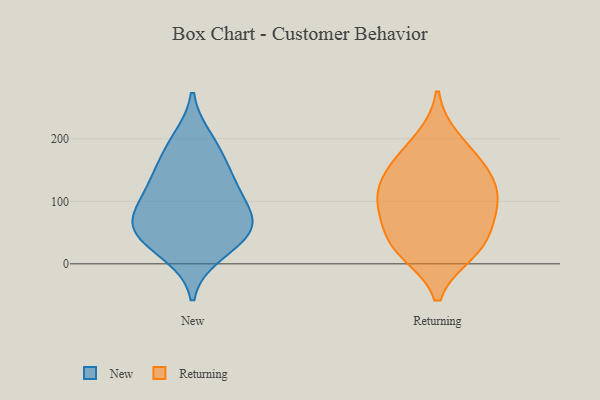
{"axis": {"x": "Page Views", "y": "Value"}, "legend": ["New", "Returning"], "data": [{"x": "", "y": 174, "type": "New"}, {"x": "", "y": 198, "type": "New"}, {"x": "", "y": 74, "type": "New"}, {"x": "", "y": 17, "type": "New"}, {"x": "", "y": 136, "type": "New"}, {"x": "", "y": 39, "type": "New"}, {"x": "", "y": 69, "type": "New"}, {"x": "", "y": 107, "type": "New"}, {"x": "", "y": 127, "type": "New"}, {"x": "", "y": 56, "type": "New"}, {"x": "", "y": 57, "type": "New"}, {"x": "", "y": 32, "type": "Returning"}, {"x": "", "y": 19, "type": "Returning"}, {"x": "", "y": 97, "type": "Returning"}, {"x": "", "y": 65, "type": "Returning"}, {"x": "", "y": 26, "type": "Returning"}, {"x": "", "y": 93, "type": "Returning"}, {"x": "", "y": 156, "type": "Returning"}, {"x": "", "y": 157, "type": "Returning"}, {"x": "", "y": 131, "type": "Returning"}, {"x": "", "y": 198, "type": "Returning"}, {"x": "", "y": 107, "type": "Returning"}]}